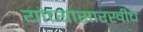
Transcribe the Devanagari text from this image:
यांच्यासारखीच